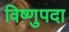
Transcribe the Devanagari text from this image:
विष्‍णुपदा